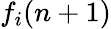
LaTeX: f_{i}(n+1)